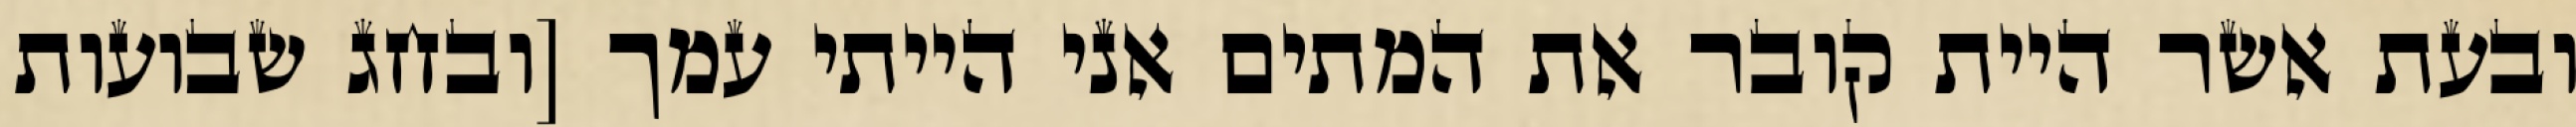
ובעת אשר היית קובר את המתים אני הייתי עמך [ובחג שבועות